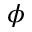
\phi